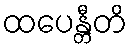
ထပေန္တီတိ